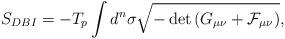
LaTeX: \begin{align*}S_{DBI} = -T_p \int d^n \sigma \sqrt{-\det{\left( G_{\mu \nu} +\cal{F}_{\mu \nu} \right) }} ,\end{align*}